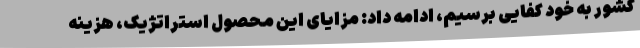
کشور به خود کفایی برسیم، ادامه داد: مزایای این محصول استراتژیک، هزینه